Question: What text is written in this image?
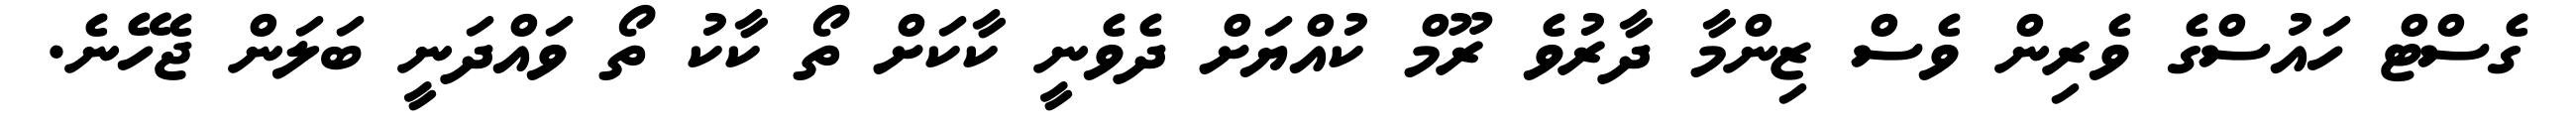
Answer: ގެސްޓް ހައުސްގެ ވެރިން ވެސް ޒިންމާ ދާރުވެ ރޫމް ކުއްޔަށް ދެވެނީ ކާކަށް ތޯ ކާކު ތޯ ވައްދަނީ ބަލަން ޖެހޭނެ.